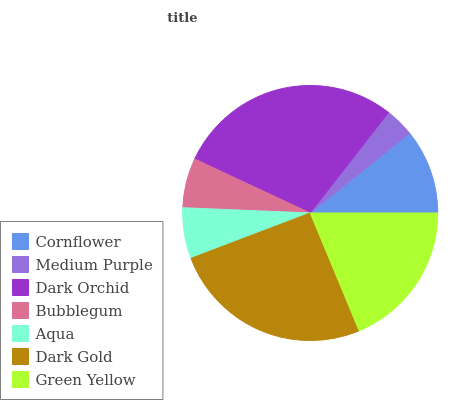
| Cornflower | Medium Purple | Dark Orchid | Bubblegum | Aqua | Dark Gold | Green Yellow |
 | --- | --- | --- | --- | --- | --- | --- |
 | 10.7% | 3.7% | 28.6% | 6.3% | 6.42% | 25.4% | 18.8% |